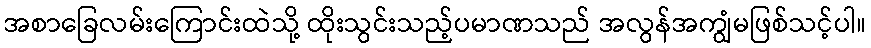
အစာခြေလမ်းကြောင်းထဲသို့ ထိုးသွင်းသည့်ပမာဏသည် အလွန်အကျွံမဖြစ်သင့်ပါ။